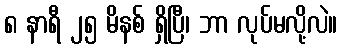
၈ နာရီ ၂၅ မိနစ် ရှိပြီ၊ ဘာ လုပ်မလို့လဲ။